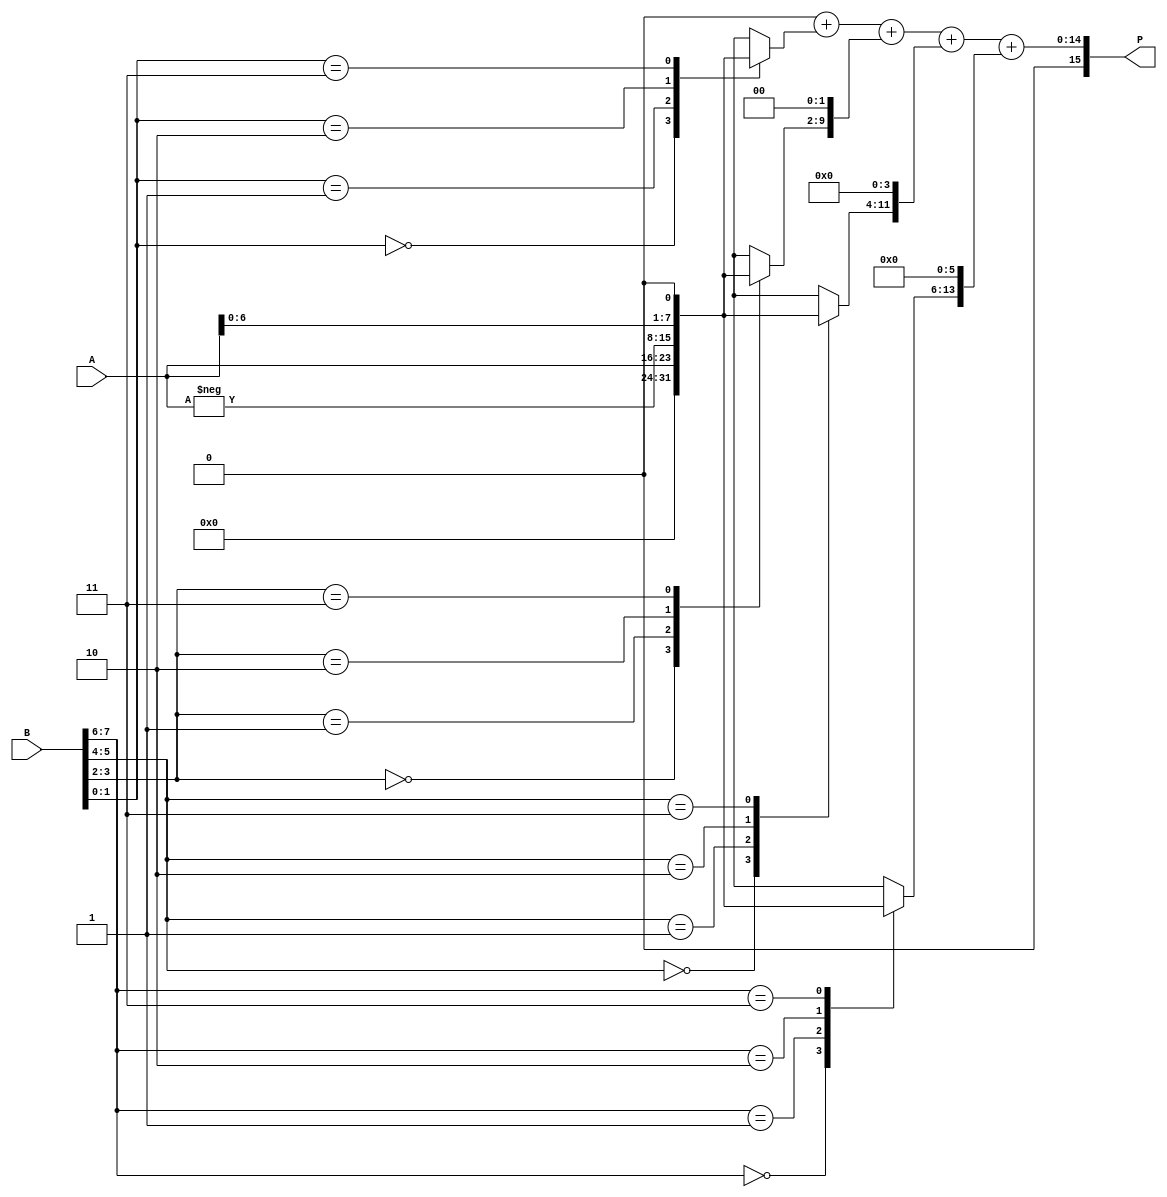
module radix4_multiplier #(parameter n = 8) (
    input signed [n-1:0] A,
    input signed [n-1:0] B,
    output reg signed [2*n-1:0] P
);
    
    reg [n-1:0] A_ext, A_neg, A_double; // Extend A, negative A, double A
    reg [1:0] B_pair; // Store pairs of bits from B
    reg [n-1:0] partial_product [0:(n/2)-1]; // Array for storing partial products
    integer i;

    // Sign extension and initializations
    always @(*) begin
        A_ext = A;
        A_neg = -A;
        A_double = A << 1; // 2A (left shift by 1)
        P = 0; // Initialize product to 0
        
        // Generating partial products based on pairs of B
        for (i = 0; i < n/2; i = i + 1) begin
            B_pair = {B[2*i + 1], B[2*i]}; // Get current pair of bits
            case (B_pair)
                2'b00: partial_product[i] = 0;                // 00 -> 0
                2'b01: partial_product[i] = A_ext;            // 01 -> A
                2'b10: partial_product[i] = A_neg;            // 10 -> -A
                2'b11: partial_product[i] = A_double;         // 11 -> 2A
            endcase
        end

        // Sum the partial products
        for (i = 0; i < n/2; i = i + 1) begin
            P = P + (partial_product[i] << (2*i)); // Shift left according to the position
        end
    end

endmodule